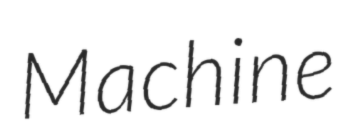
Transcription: Machine